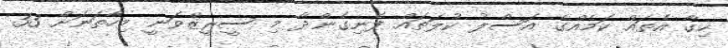
ހިގާ އެތައް ކަމެއްގެ އަސްލު ކުލަތައް ފެނިގެންދާ މި ސީރީޒްވަނީ މިހާތަނަށް 33